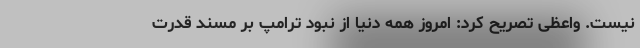
نیست. واعظی تصریح کرد: امروز همه دنیا از نبود ترامپ بر مسند قدرت